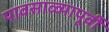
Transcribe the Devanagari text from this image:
पावसाळ्यापूर्वी